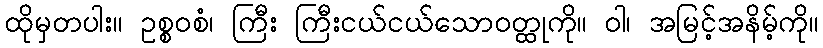
ထိုမှတပါး။ ဥစ္စဝစံ၊ ကြီး ကြီးငယ်ငယ်သောဝတ္ထုကို။ ဝါ၊ အမြင့်အနိမ့်ကို။